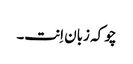
چو کہ زبان اِنت۔